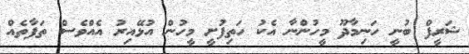
ޝަރީފް ބުނީ ހަނިމާދޫ މީހުންނާ އެކު ހަތިފުށީ މީހުން އުޅޭއިރު އެއްވެސް ތަފާތެއް